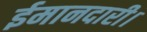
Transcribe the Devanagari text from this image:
ईमानदारी।